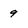
Character: 9